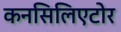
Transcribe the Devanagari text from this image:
कनसिलिएटोर